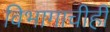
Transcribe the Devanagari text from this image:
विभागाचीही